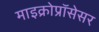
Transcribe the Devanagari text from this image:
माइक्रोप्रॉसेसर